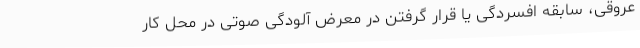
عروقی، سابقه افسردگی یا قرار گرفتن در معرض آلودگی صوتی در محل کار